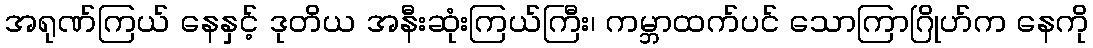
အရုဏ်ကြယ် နေနှင့် ဒုတိယ အနီးဆုံးကြယ်ကြီး၊ ကမ္ဘာထက်ပင် သောကြာဂြိုဟ်က နေကို